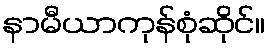
နာမီယာကုန်စုံဆိုင်။